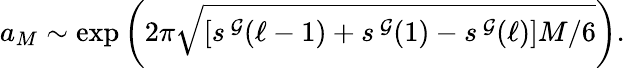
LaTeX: a_{M}\sim\exp\left(2\pi\sqrt{\left[s^{\, \cal G}(\ell-1)+s^{\, \cal G}(1)-s^{\, \cal G}(\ell)\right]M/6}\right).